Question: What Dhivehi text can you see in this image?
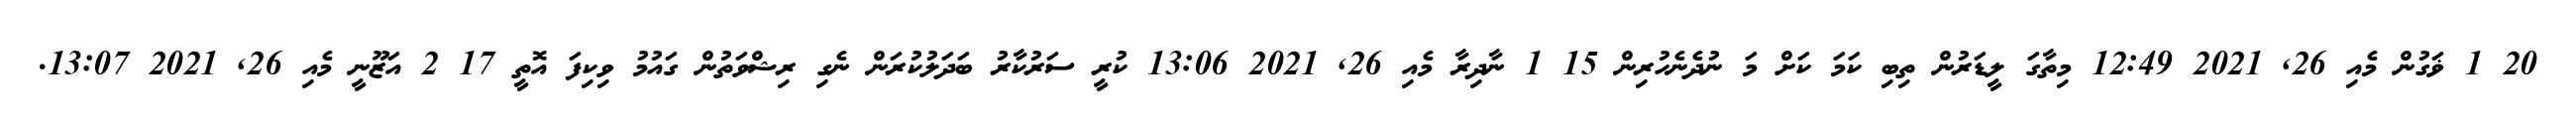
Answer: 20 1 ޥަގުން މެއި 26, 2021 12:49 މިތާގަ ލީޑަރުން ތިބި ކަމަ ކަށް މަ ނުދެނެހުރިން 15 1 ނާދިރާ މެއި 26, 2021 13:06 ކުރީ ސަރުކާރު ބަދަލުކުރަން ނެގި ރިޝްވަތުން ގައުމު ވިކިފަ އޮތީ 17 2 އަޒޫނީ މެއި 26, 2021 13:07.